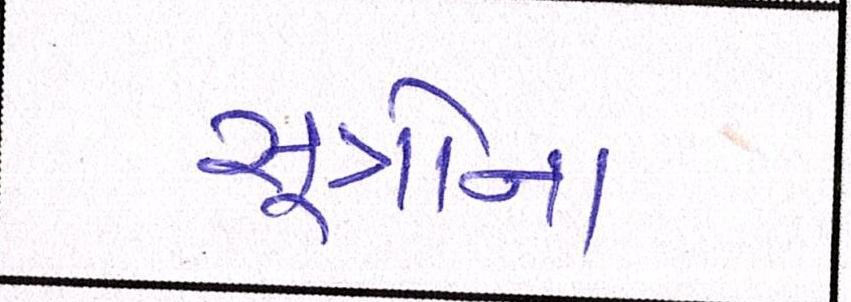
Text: સૂત્રોના